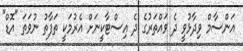
އަންސާމް ވިދާޅުވީ ދެ ވައްތަރުގެ ދެ އިސްޓާކީނަށް އެރުމަކީ ތަފާތު ނުވަތަ "އޮޑް"